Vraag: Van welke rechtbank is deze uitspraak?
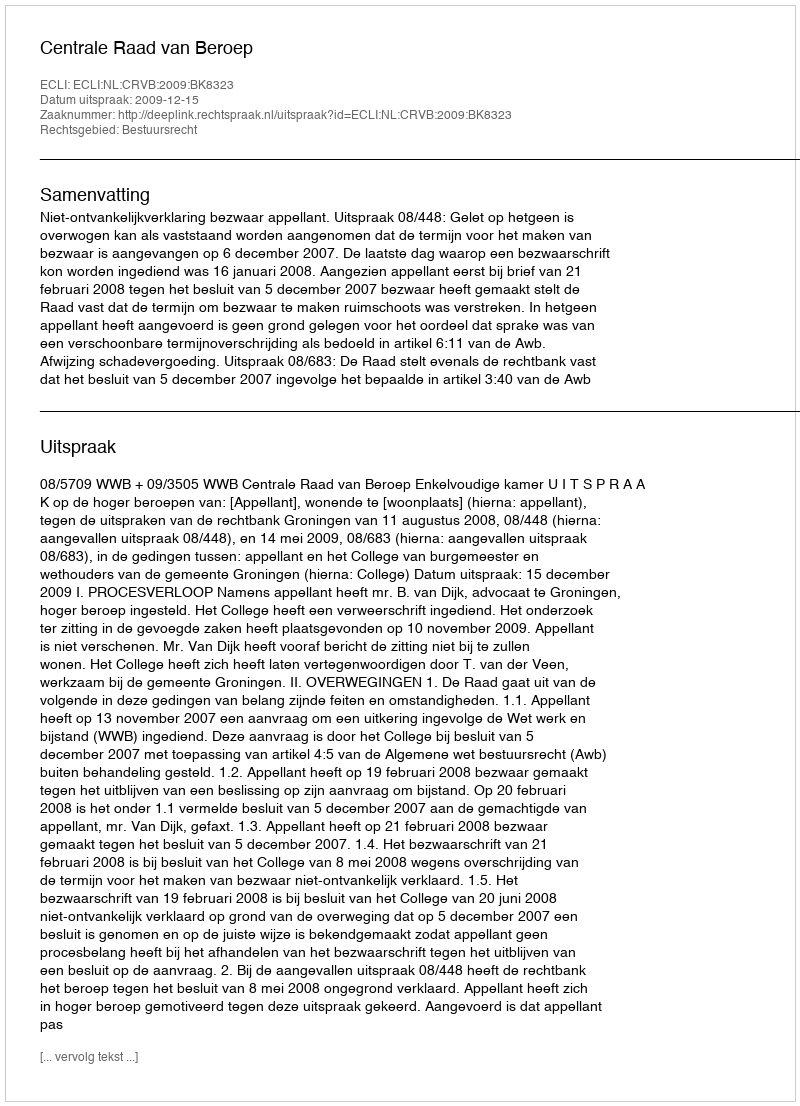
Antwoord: Centrale Raad van Beroep